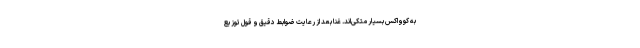
به کوواکس بسیار متکی‌اند. غنا بعد از رعایت ضوابط دقیق و قول توزیع